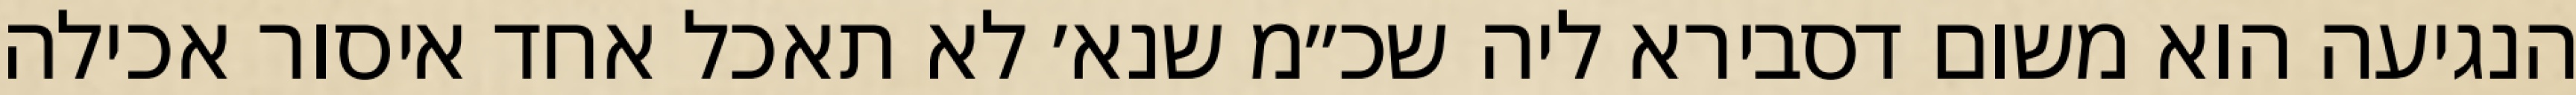
הנגיעה הוא משום דסבירא ליה שכ״מ שנא׳ לא תאכל אחד איסור אכילה